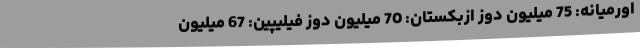
اورمیانه: 75 میلیون دوز ازبکستان: 70 میلیون دوز فیلیپین: 67 میلیون